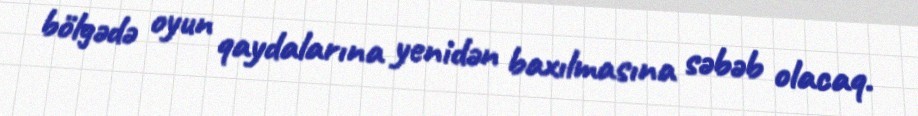
bölgədə oyun qaydalarına yenidən baxılmasına səbəb olacaq.